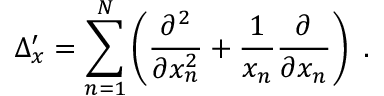
\Delta _ { x } ^ { \prime } = \sum _ { n = 1 } ^ { N } \left( \frac { \partial ^ { 2 } } { \partial x _ { n } ^ { 2 } } + \frac { 1 } { x _ { n } } \frac { \partial } { \partial x _ { n } } \right) \ .